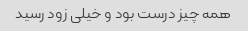
همه چیز درست بود و خیلی زود رسید